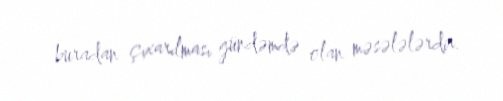
buradan çıxarılması gündəmdə olan məsələlərdir.